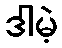
ဒါမဲ့